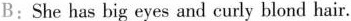
B:She has big eyes and curly blond hair.